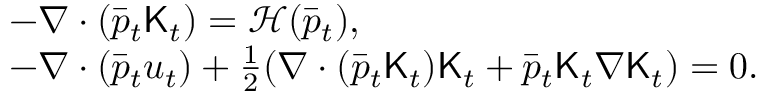
\begin{array} { r l } & { - \nabla \cdot ( \bar { p } _ { t } { \sf K } _ { t } ) = \mathcal H ( \bar { p } _ { t } ) , } \\ & { - \nabla \cdot ( \bar { p } _ { t } u _ { t } ) + \frac { 1 } { 2 } ( \nabla \cdot ( \bar { p } _ { t } { \sf K } _ { t } ) { \sf K } _ { t } + \bar { p } _ { t } { \sf K } _ { t } \nabla { \sf K } _ { t } ) = 0 . } \end{array}